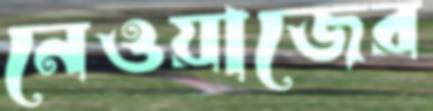
নেওয়াজের